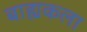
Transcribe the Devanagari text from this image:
बाह्यकला